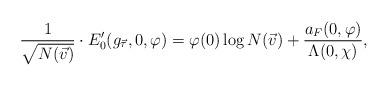
LaTeX: \begin{align*}\frac{ 1 }{ \sqrt{ N( \vec{v} ) } }\cdot E_0'( g_{\vec{\tau}} , 0 ,\varphi) = \varphi(0) \log N( \vec{v} ) + \frac{ a_F(0,\varphi) }{ \Lambda( 0 , \chi ) } , \end{align*}